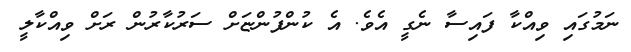
ނަމުގައި ވިއްކާ ފައިސާ ނެގީ އެވެ. އެ ކުންފުންޏަށް ސަރުކާރުން ރަށް ވިއްކާލީ